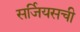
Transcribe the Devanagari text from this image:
सर्जियसची